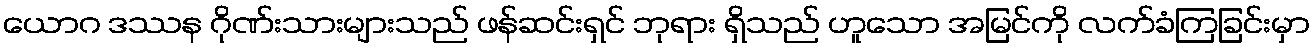
ယောဂ ဒဿန ဂိုဏ်းသားများသည် ဖန်ဆင်းရှင် ဘုရား ရှိသည် ဟူသော အမြင်ကို လက်ခံကြခြင်းမှာ